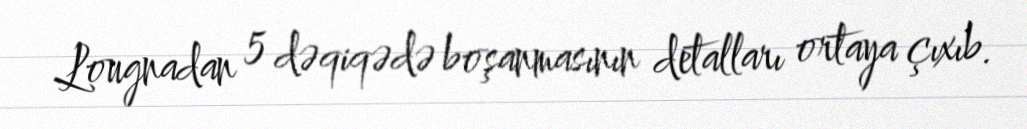
Lougnadan 5 dəqiqədə boşanmasının detalları ortaya çıxıb.